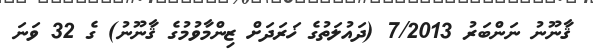
ޤާނޫނު ނަންބަރު 7/2013 (ދައުލަތުގެ ޚަރަދަށް ޒިންމާވުމުގެ ޤާނޫނު) ގެ 32 ވަނަ